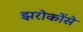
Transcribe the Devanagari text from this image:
झरोकोंसे